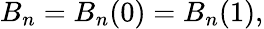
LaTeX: B_{n}=B_{n}(0)=B_{n}(1),